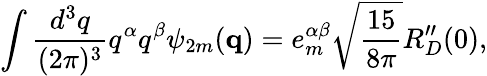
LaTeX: \int\frac{d^{3}q}{(2\pi)^{3}}q^{\alpha}q^{\beta}\psi_{2m}({\mathbf q})=e_{m}^{\alpha\beta}\sqrt{\frac{15}{8\pi}}R_{D}^{\prime\prime}(0),